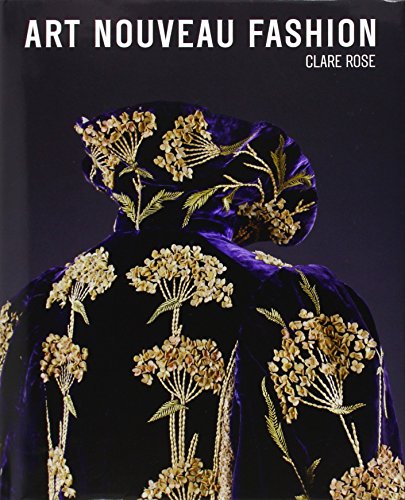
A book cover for Art Nouveau Fashion; Clare Rose; Crafts, Hobbies & Home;